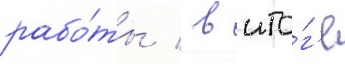
рабо́ты / в ито́г'е